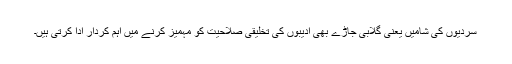
سردیوں کی شامیں یعنی گلابی جاڑے بھی ادیبوں کی تخلیقی صلاحیت کو مہمیز کرنے میں اہم کردار ادا کرتی ہیں۔